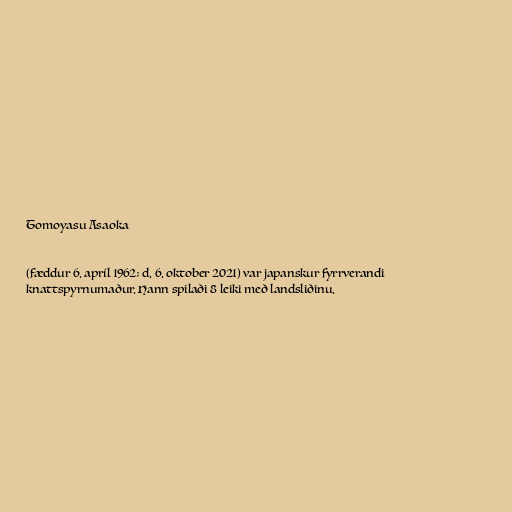
Tomoyasu Asaoka

(fæddur 6. apríl 1962; d. 6. oktober 2021) var japanskur fyrrverandi
knattspyrnumaður. Hann spilaði 8 leiki með landsliðinu.